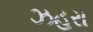
ઝહરા